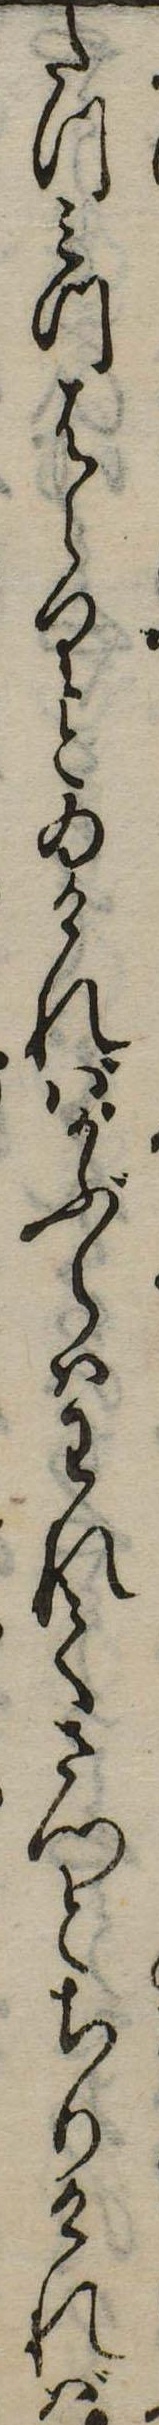
たつ三つはらりとゐければかぶらはわれてさつとちりければ